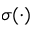
\sigma ( \cdot )